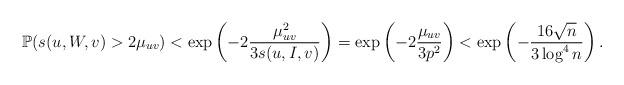
LaTeX: \begin{align*}\mathbb{P}(s(u, W, v)>2\mu_{uv})<\exp\left(-2\frac{\mu_{uv}^2}{3s(u, I, v)}\right)=\exp\left(-2\frac{\mu_{uv}}{3p^2}\right)<\exp\left(-\frac{16\sqrt{n}}{3\log^4 n}\right).\end{align*}